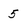
Character: 5